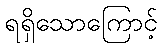
ရရှိသောကြောင့်